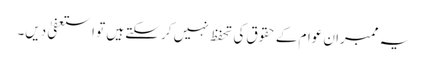
یہ ممبران عوام کے حقوق کی تحفظ نہیں کر سکتے ہیں تو استعفیٰ دیں۔